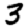
Digit: 3